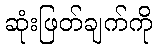
ဆုံးဖြတ်ချက်ကို